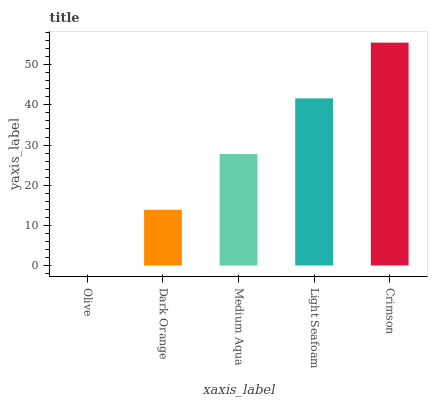
| xaxis_label | bars |
 | --- | --- |
 | Olive | 0 |
 | Dark Orange | 13.9 |
 | Medium Aqua | 27.8 |
 | Light Seafoam | 41.6 |
 | Crimson | 55.5 |